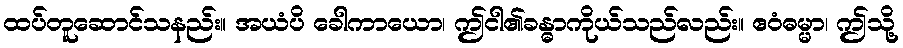
ထပ်တူဆောင်သနည်း။ အယံပိ ခေါကာယော၊ ဤငါ၏ခန္ဓာကိုယ်သည်လည်း။ ဧဝံဓမ္မာ၊ ဤသို့